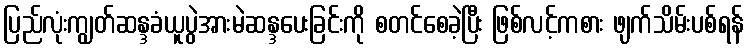
ပြည်လုံးကျွတ်ဆန္ဒခံယူပွဲအားမဲဆန္ဒပေးခြင်းကို စတင်စေခဲ့ပြီး ဖြစ်လင့်ကစား ဖျက်သိမ်းပစ်ရန်